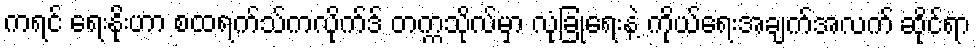
ကရင် ရေးနိုးဟာ စထရက်သ်ကလိုက်ဒ် တက္ကသိုလ်မှာ လုံခြုံရေးနဲ့ ကိုယ်ရေးအချက်အလက် ဆိုင်ရာ